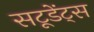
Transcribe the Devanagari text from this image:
सटूडेंट्स